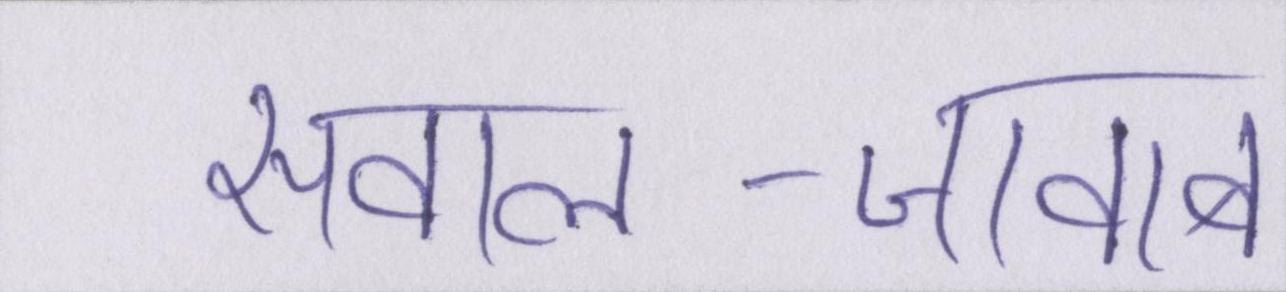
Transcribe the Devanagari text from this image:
सवाल-जवाब